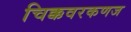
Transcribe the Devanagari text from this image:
चिक्कवरकणज